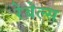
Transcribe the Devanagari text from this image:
रेबेल्स